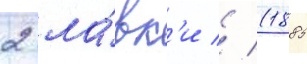
2 ла́вк'и // (1885